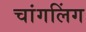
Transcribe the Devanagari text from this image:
चांगलिंग